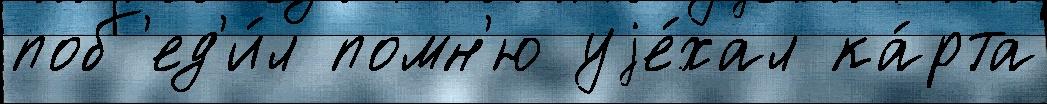
поб'ед'и́л помн'ю уjе́хал ка́рта